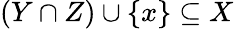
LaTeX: (Y\cap Z)\cup\{ x\} \subseteq X